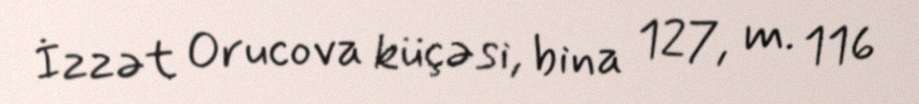
İzzət Orucova küçəsi, bina 127, m. 116